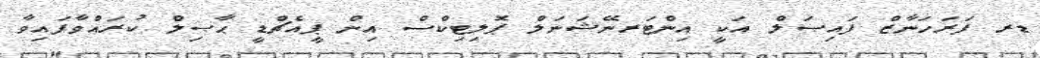
ޑރ ފަރަހަނާޒް ފައިޞަލް އަކީ އިންޓަރނޭޝަނަލް ޕޮލިޓިކްސް އިން ޕީއެޗްޑީ ޙާޞިލް ކުރައްވާފައިވާ